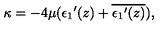
\kappa = - 4 \mu ( { \epsilon _ { 1 } } ^ { \prime } ( z ) + \overline { { { \epsilon _ { 1 } } ^ { \prime } ( z ) } } ) ,